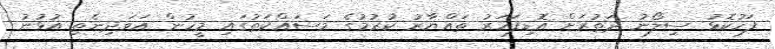
ފަހުކޮޅު ސިލޯނު ދަތުރަށް އޮޑިފަހަރު ތައްޔާރު ކުރުމުގެ މަސައްކަތުގައި މީހުން އަވަދިނެތި އުޅުނު